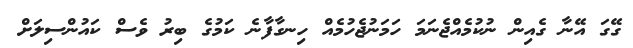
ގޭގަ އޭނާ ގެއިން ނުކުމެއްޖެނަމަ ހަމަނުޖެހުމެއް ހިނގާފާނެ ކަމުގެ ބިރު ވެސް ކައުންސިލަށް